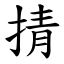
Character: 掅